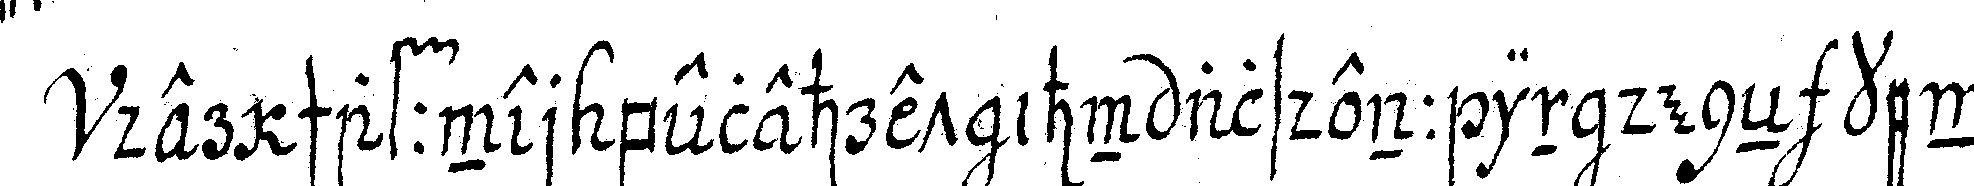
der schaffner belehret ihn alsdenn in deneN kenn